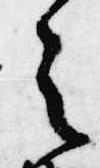
之